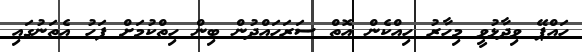
ހައްޕޭ ވިދާޅުވީ މިހާރު ހިއްކެން އޮތް ސަރަހައްދުން ބިން ހިތްކުމަށް ފަހު އެތަނުގައި